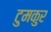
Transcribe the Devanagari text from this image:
टुमकुर